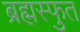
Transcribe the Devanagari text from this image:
ब्रह्मस्फुत